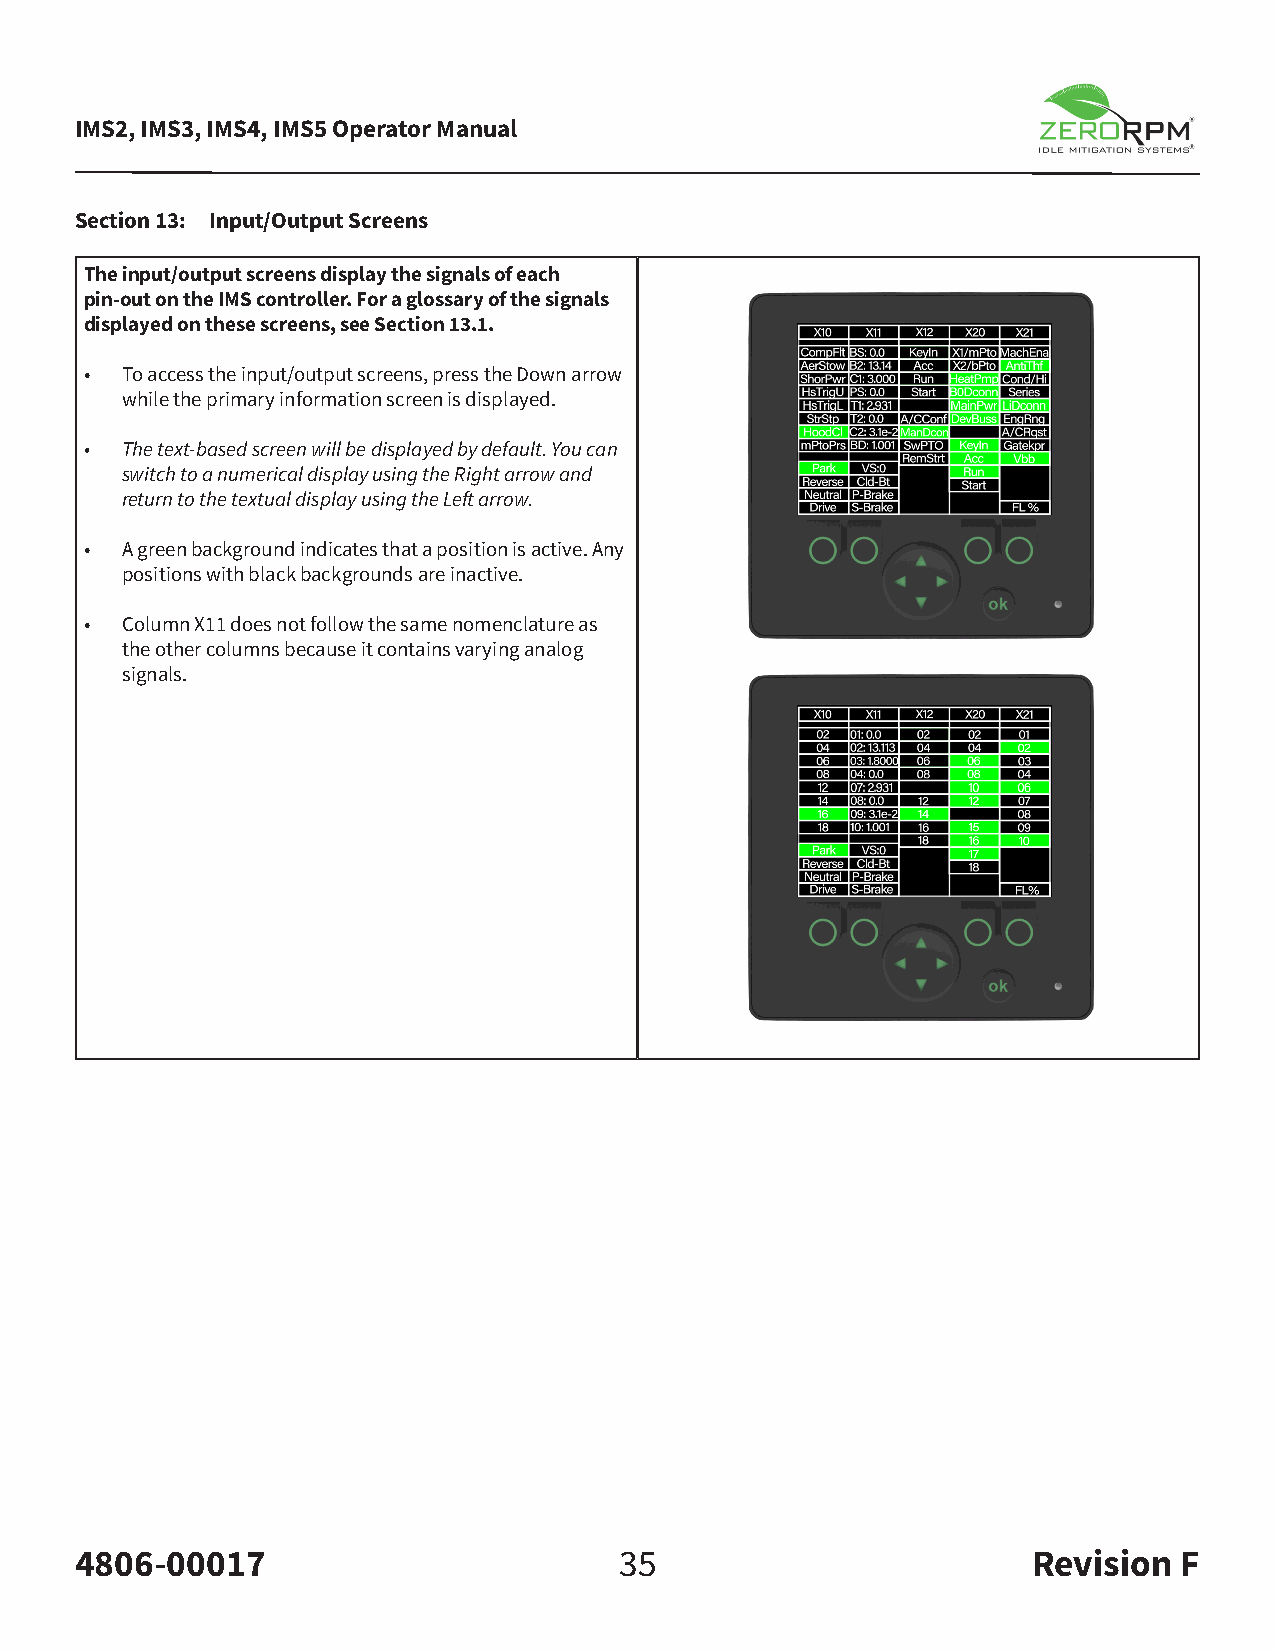
IMS2, IMS3, IMS4, IMS5 Operator Manual
 Section 13: Input/Output Screens
 The input/output screens display the signals of each
 pin-out on the IMS controller. For a glossary of the signals
 displayed on these screens, see Section 13.1.
 • To access the input/output screens, press the Down arrow
 while the primary information screen is displayed.
 • The text-based screen will be displayed by default. You can
 switch to a numerical display using the Right arrow and
 return to the textual display using the Left arrow.
 • A green background indicates that a position is active. Any
 positions with black backgrounds are inactive.
 • Column X11 does not follow the same nomenclature as
 the other columns because it contains varying analog
 signals.
 4806-00017                          35                         Revision  F